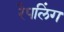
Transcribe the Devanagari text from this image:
रैपलिंग